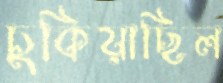
চুকিয়াছিল